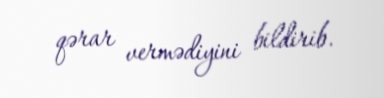
qərar vermədiyini bildirib.